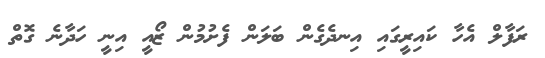
ރަފާލް އެހާ ކައިރީގައި އިނދެގެން ބަލަން ފެށުމުން ޒޯއީ އިނީ ހަދާނެ ގޮތް